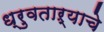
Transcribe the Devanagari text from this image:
ध्रुवताऱ्याचे